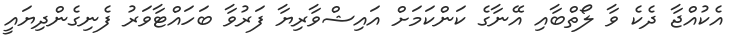
އެކުއްޖާ ދެކެ ވާ ލޯތްބާއި އޭނާގެ ކަންކަމަށް އައިޝްވާރިޔާ ފަރުވާ ބަހައްޓާވަރު ފެނިގެންދިޔައީ